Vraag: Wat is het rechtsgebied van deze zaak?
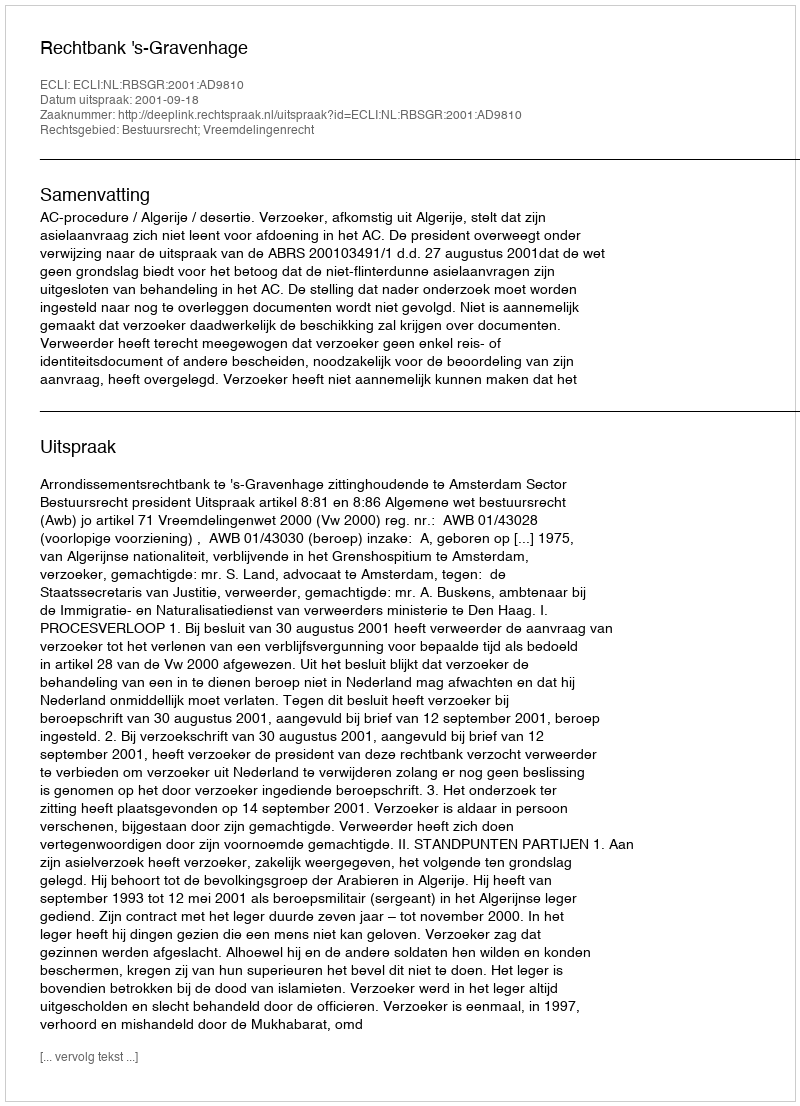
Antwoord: Bestuursrecht; Vreemdelingenrecht